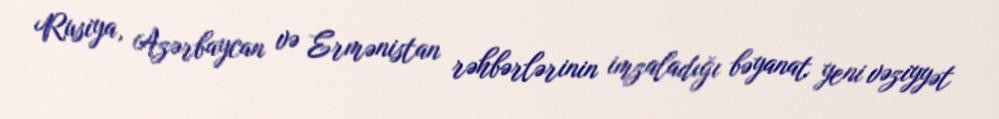
Rusiya, Azərbaycan və Ermənistan rəhbərlərinin imzaladığı bəyanat yeni vəziyyət